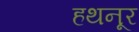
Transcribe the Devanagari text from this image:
हथनूर